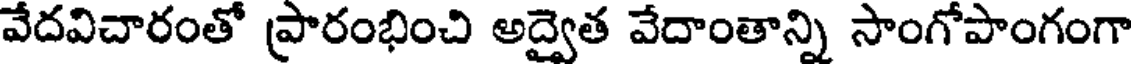
వేదవిచారంతో ప్రారంభించి అద్వైత వేదాంతాన్ని సాంగోపాంగంగా